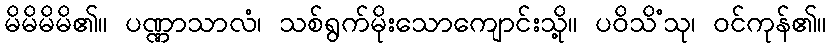
မိမိမိမိ၏။ ပဏ္ဏာသာလံ၊ သစ်ရွက်မိုးသောကျောင်းသို့။ ပဝိသိံသု၊ ဝင်ကုန်၏။